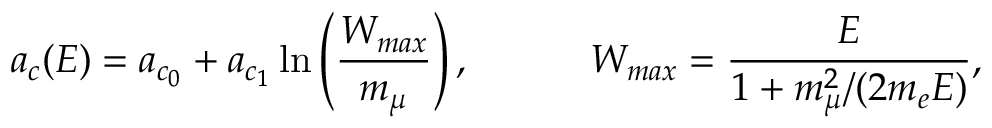
a _ { c } ( E ) = a _ { c _ { 0 } } + a _ { c _ { 1 } } \ln \left( \frac { W _ { m a x } } { m _ { \mu } } \right) , ~ ~ ~ ~ ~ ~ ~ ~ ~ W _ { m a x } = \frac { E } { 1 + { m _ { \mu } ^ { 2 } } / { ( 2 m _ { e } E ) } } ,